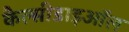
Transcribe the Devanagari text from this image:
कैल्सीडाइऑल